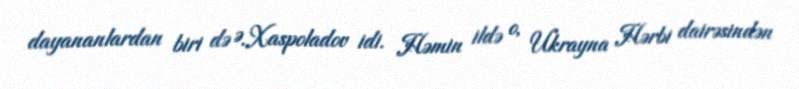
dayananlardan biri də Ə.Xaspoladov idi. Həmin ildə o, Ukrayna Hərbi dairəsindən